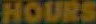
HOURS